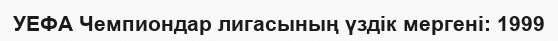
УЕФА Чемпиондар лигасының үздік мергені: 1999